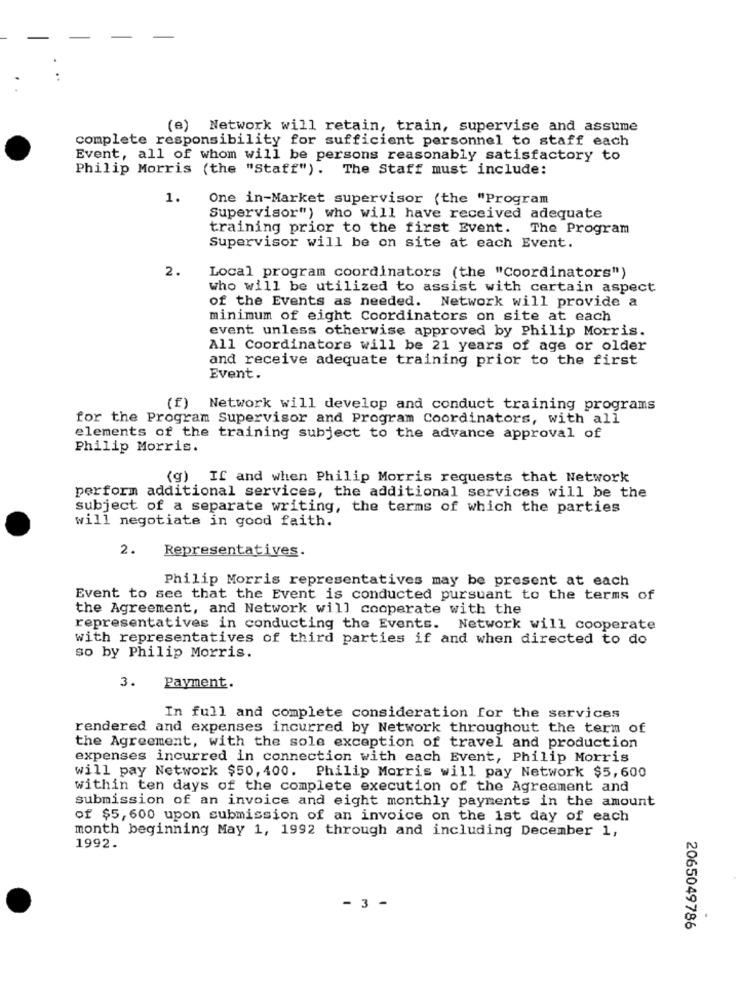
(e) Network will retain, train, supervise and assume
complete responsibility for sufficient personnel to staff each
Event, all of whom will be persons reasonably satisfactory to
Philip Morris (the "Staff"). The Staff must include:
1.
One in-Market supervisor (the "Program
Supervisor") who will have received adequate
training prior to the first Event. The Program
Supervisor will be on site at each Event.
2.
Local program coordinators (the "Coordinators")
who will be utilized to assist with certain aspect
of the Events as needed. Network will provide a
minimum of eight Coordinators on site at each
event unless otherwise approved by Philip Morris.
All Coordinators will be 21 years of age or older
and receive adequate training prior to the first
Event.
(f) Network will develop and conduct training programs
for the Program Supervisor and Program Coordinators, with all
elements of the training subject to the advance approval of
Philip Morris.
(g) If and when Philip Morris requests that Network
perform additional services, the additional services will be the
subject of a separate writing, the terms of which the parties
will negotiate in good faith.
2.
Representatives.
Philip Morris representatives may be present at each
Event to see that the Event is conducted pursuant to the terms of
the Agreement, and Network will cooperate with the
representatives in conducting the Events. Network will cooperate
with representatives of third parties if and when directed to do
so by Philip Morris.
3.
Payment.
In full and complete consideration for the services
rendered and expenses incurred by Network throughout the term of
the Agreement, with the sole exception of travel and production
expenses incurred in connection with each Event, Philip Morris
will pay Network $50, 400. Philip Morris will pay Network $5,600
within ten days of the complete execution of the Agreement and
submission of an invoice and eight monthly payments in the amount
of $5,600 upon submission of an invoice on the 1st day of each
month beginning May 1, 1992 through and including December 1,
1992.
- 3 -
2065049786